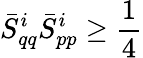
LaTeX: \bar{S}_{qq}^{i}\bar{S}_{pp}^{i}\geq\frac{1}{4}